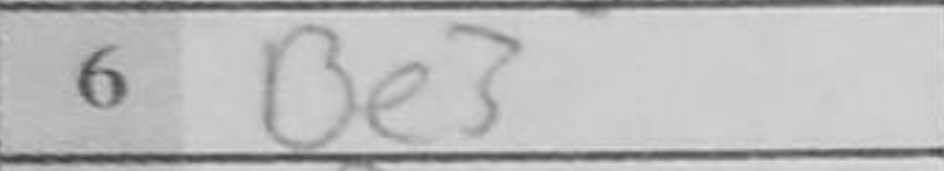
Transcription: Be3